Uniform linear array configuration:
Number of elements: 4
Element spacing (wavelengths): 0.75
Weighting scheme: hamming
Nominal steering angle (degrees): -15
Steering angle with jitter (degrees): -13.875
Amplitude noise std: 0.05
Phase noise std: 0.05

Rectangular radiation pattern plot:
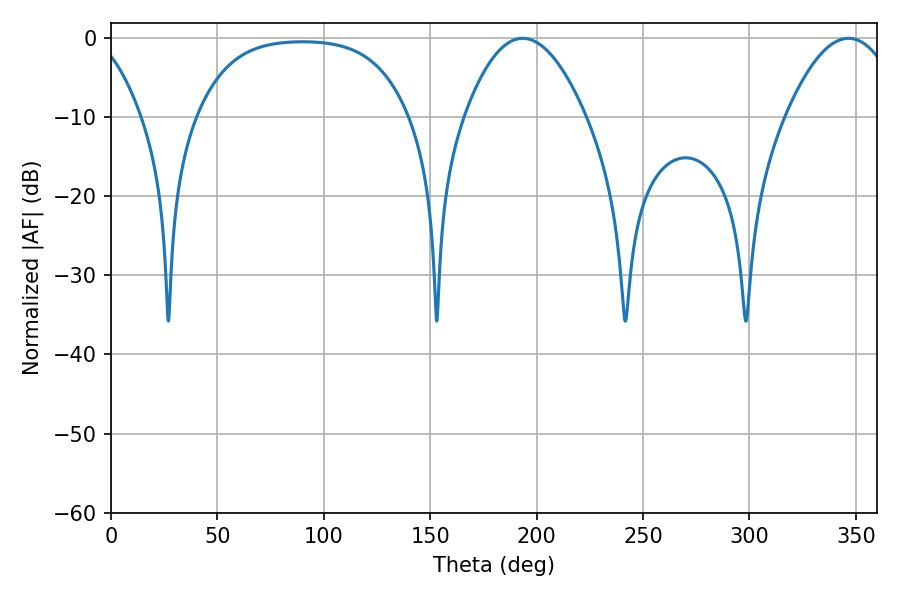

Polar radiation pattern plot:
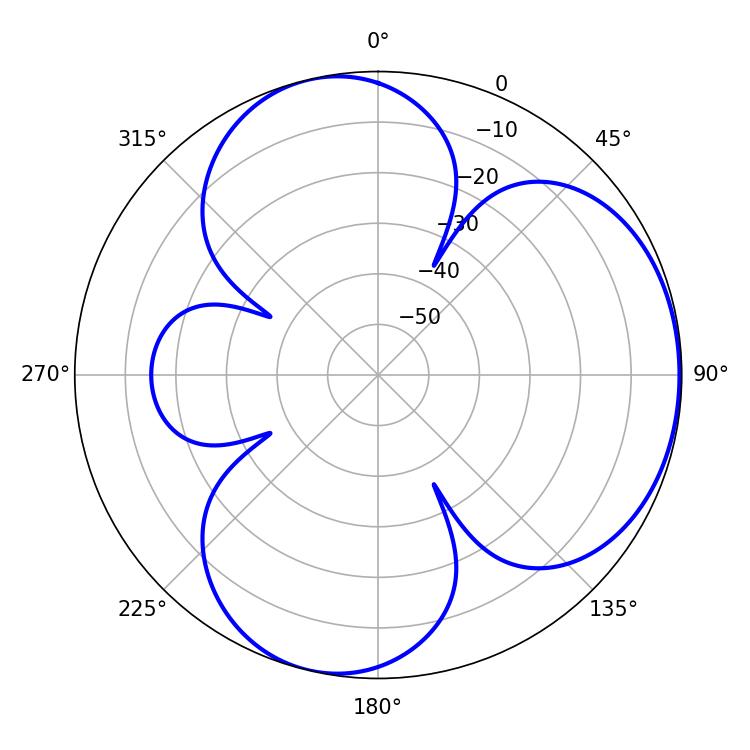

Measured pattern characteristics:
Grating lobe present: TRUE
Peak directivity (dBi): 4.586
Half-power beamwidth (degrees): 31.32
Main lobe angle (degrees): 193.5